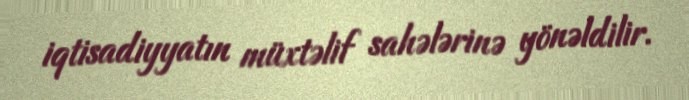
iqtisadiyyatın müxtəlif sahələrinə yönəldilir.